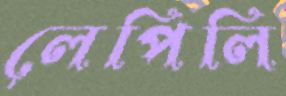
লেপিলি